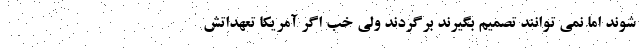
شوند اما نمی توانند تصمیم بگیرند برگردند ولی خب اگر آمریکا تعهداتش